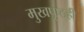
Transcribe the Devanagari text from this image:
मुखपृष्ठही